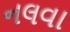
નલવા